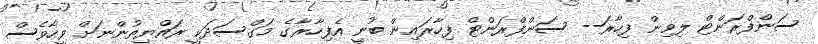
ސަންފްރަންޓް ލިވިން ފިހާރަ-- ސަންފްރަންޓް ފިހާރައިން ބުނީ އެފިހާރާގެ މަގްސަދަކީ ރައްޔިތުންނަށް ވީހާވެސް